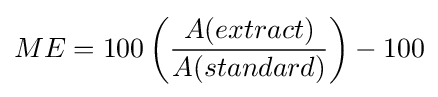
ME=100\left({\frac {A(extract)}{A(standard)}}\right)-100